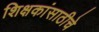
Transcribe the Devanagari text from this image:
शिक्षकांसाठीचे